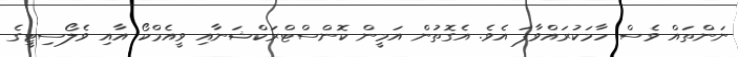
ނަންތައް ވެސް ހާމަކުރައްވާފަ އެވެ. އެގޮތުން އަމީން ކޮންސްޓްރަކްޝަނާއި ވީއެމްކޯ އާއި ވެލޯސިޓީގެ